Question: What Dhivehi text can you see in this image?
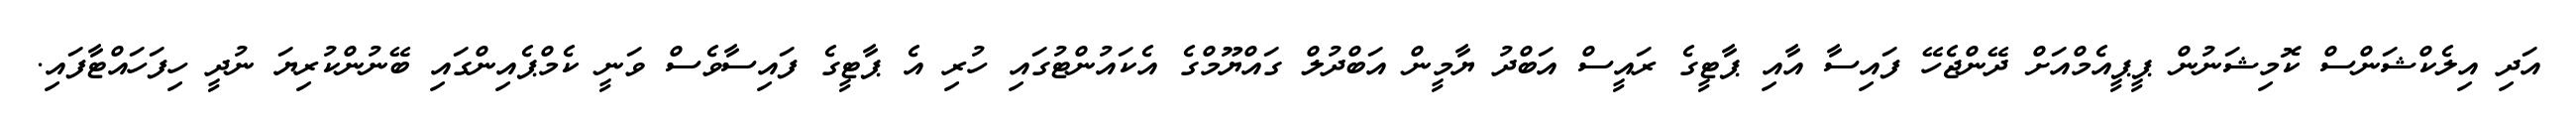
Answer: އަދި އިލެކްޝަންސް ކޮމިޝަނުން ޕީޕީއެމްއަށް ދޭންޖެހޭ ފައިސާ އާއި ޕާޓީގެ ރައީސް އަބްދު ޔާމީން އަބްދުލް ގައްޔޫމްގެ އެކައުންޓުގައި ހުރި އެ ޕާޓީގެ ފައިސާވެސް ވަނީ ކެމްޕެއިންގައި ބޭނުންކުރިޔަ ނުދީ ހިފަހައްޓާފައި.